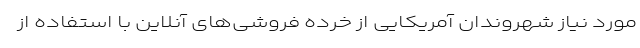
مورد نیاز شهروندان آمریکایی از خرده فروشی‌های آنلاین با استفاده از